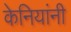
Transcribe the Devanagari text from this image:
केनियांनी